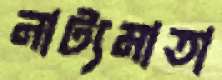
নাট্যমাতা